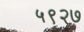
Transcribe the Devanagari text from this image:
५९२७